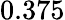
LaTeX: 0.375